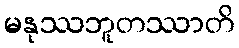
မနုဿဘူတဿာတိ